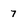
Character: 7